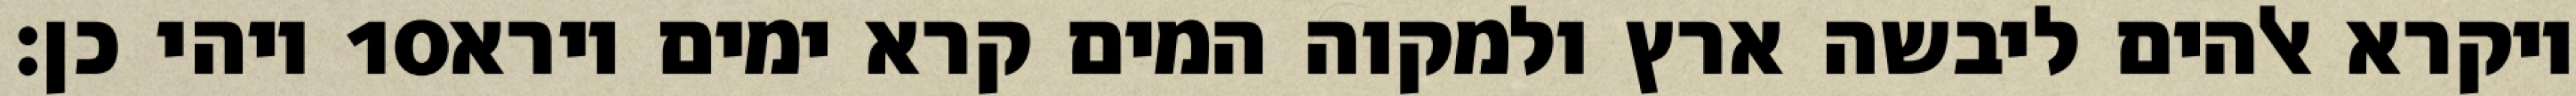
ויהי כן׃ ‎10‏ ויקרא אלהים ליבשה ארץ ולמקוה המים קרא ימים וירא